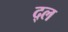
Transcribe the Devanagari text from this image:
द्ल